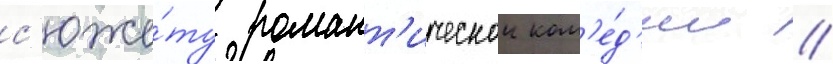
с'юже́ту романт'ическои ком'е́д'ии /